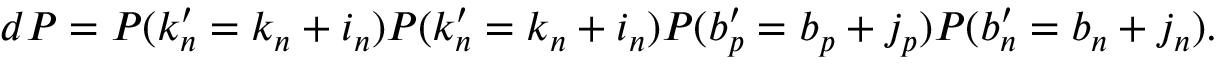
\begin{array} { r } { d P = P ( k _ { n } ^ { \prime } = k _ { n } + i _ { n } ) P ( k _ { n } ^ { \prime } = k _ { n } + i _ { n } ) P ( b _ { p } ^ { \prime } = b _ { p } + j _ { p } ) P ( b _ { n } ^ { \prime } = b _ { n } + j _ { n } ) . } \end{array}